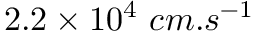
2 . 2 \times 1 0 ^ { 4 } \ c m . s ^ { - 1 }